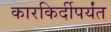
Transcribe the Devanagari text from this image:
कारकिर्दीपर्यंत